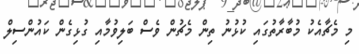
މި މެޗާއެކު މުބާރާތުގައި ކުޅުނު ތިން މެޗުން ވެސް ބަލިވުމާއި ގުޅިގެން ކައުންސިލް